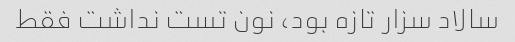
سالاد سزار تازه بود، نون تست نداشت فقط